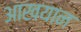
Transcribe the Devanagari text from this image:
आखयान